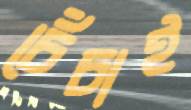
চেঁচাই